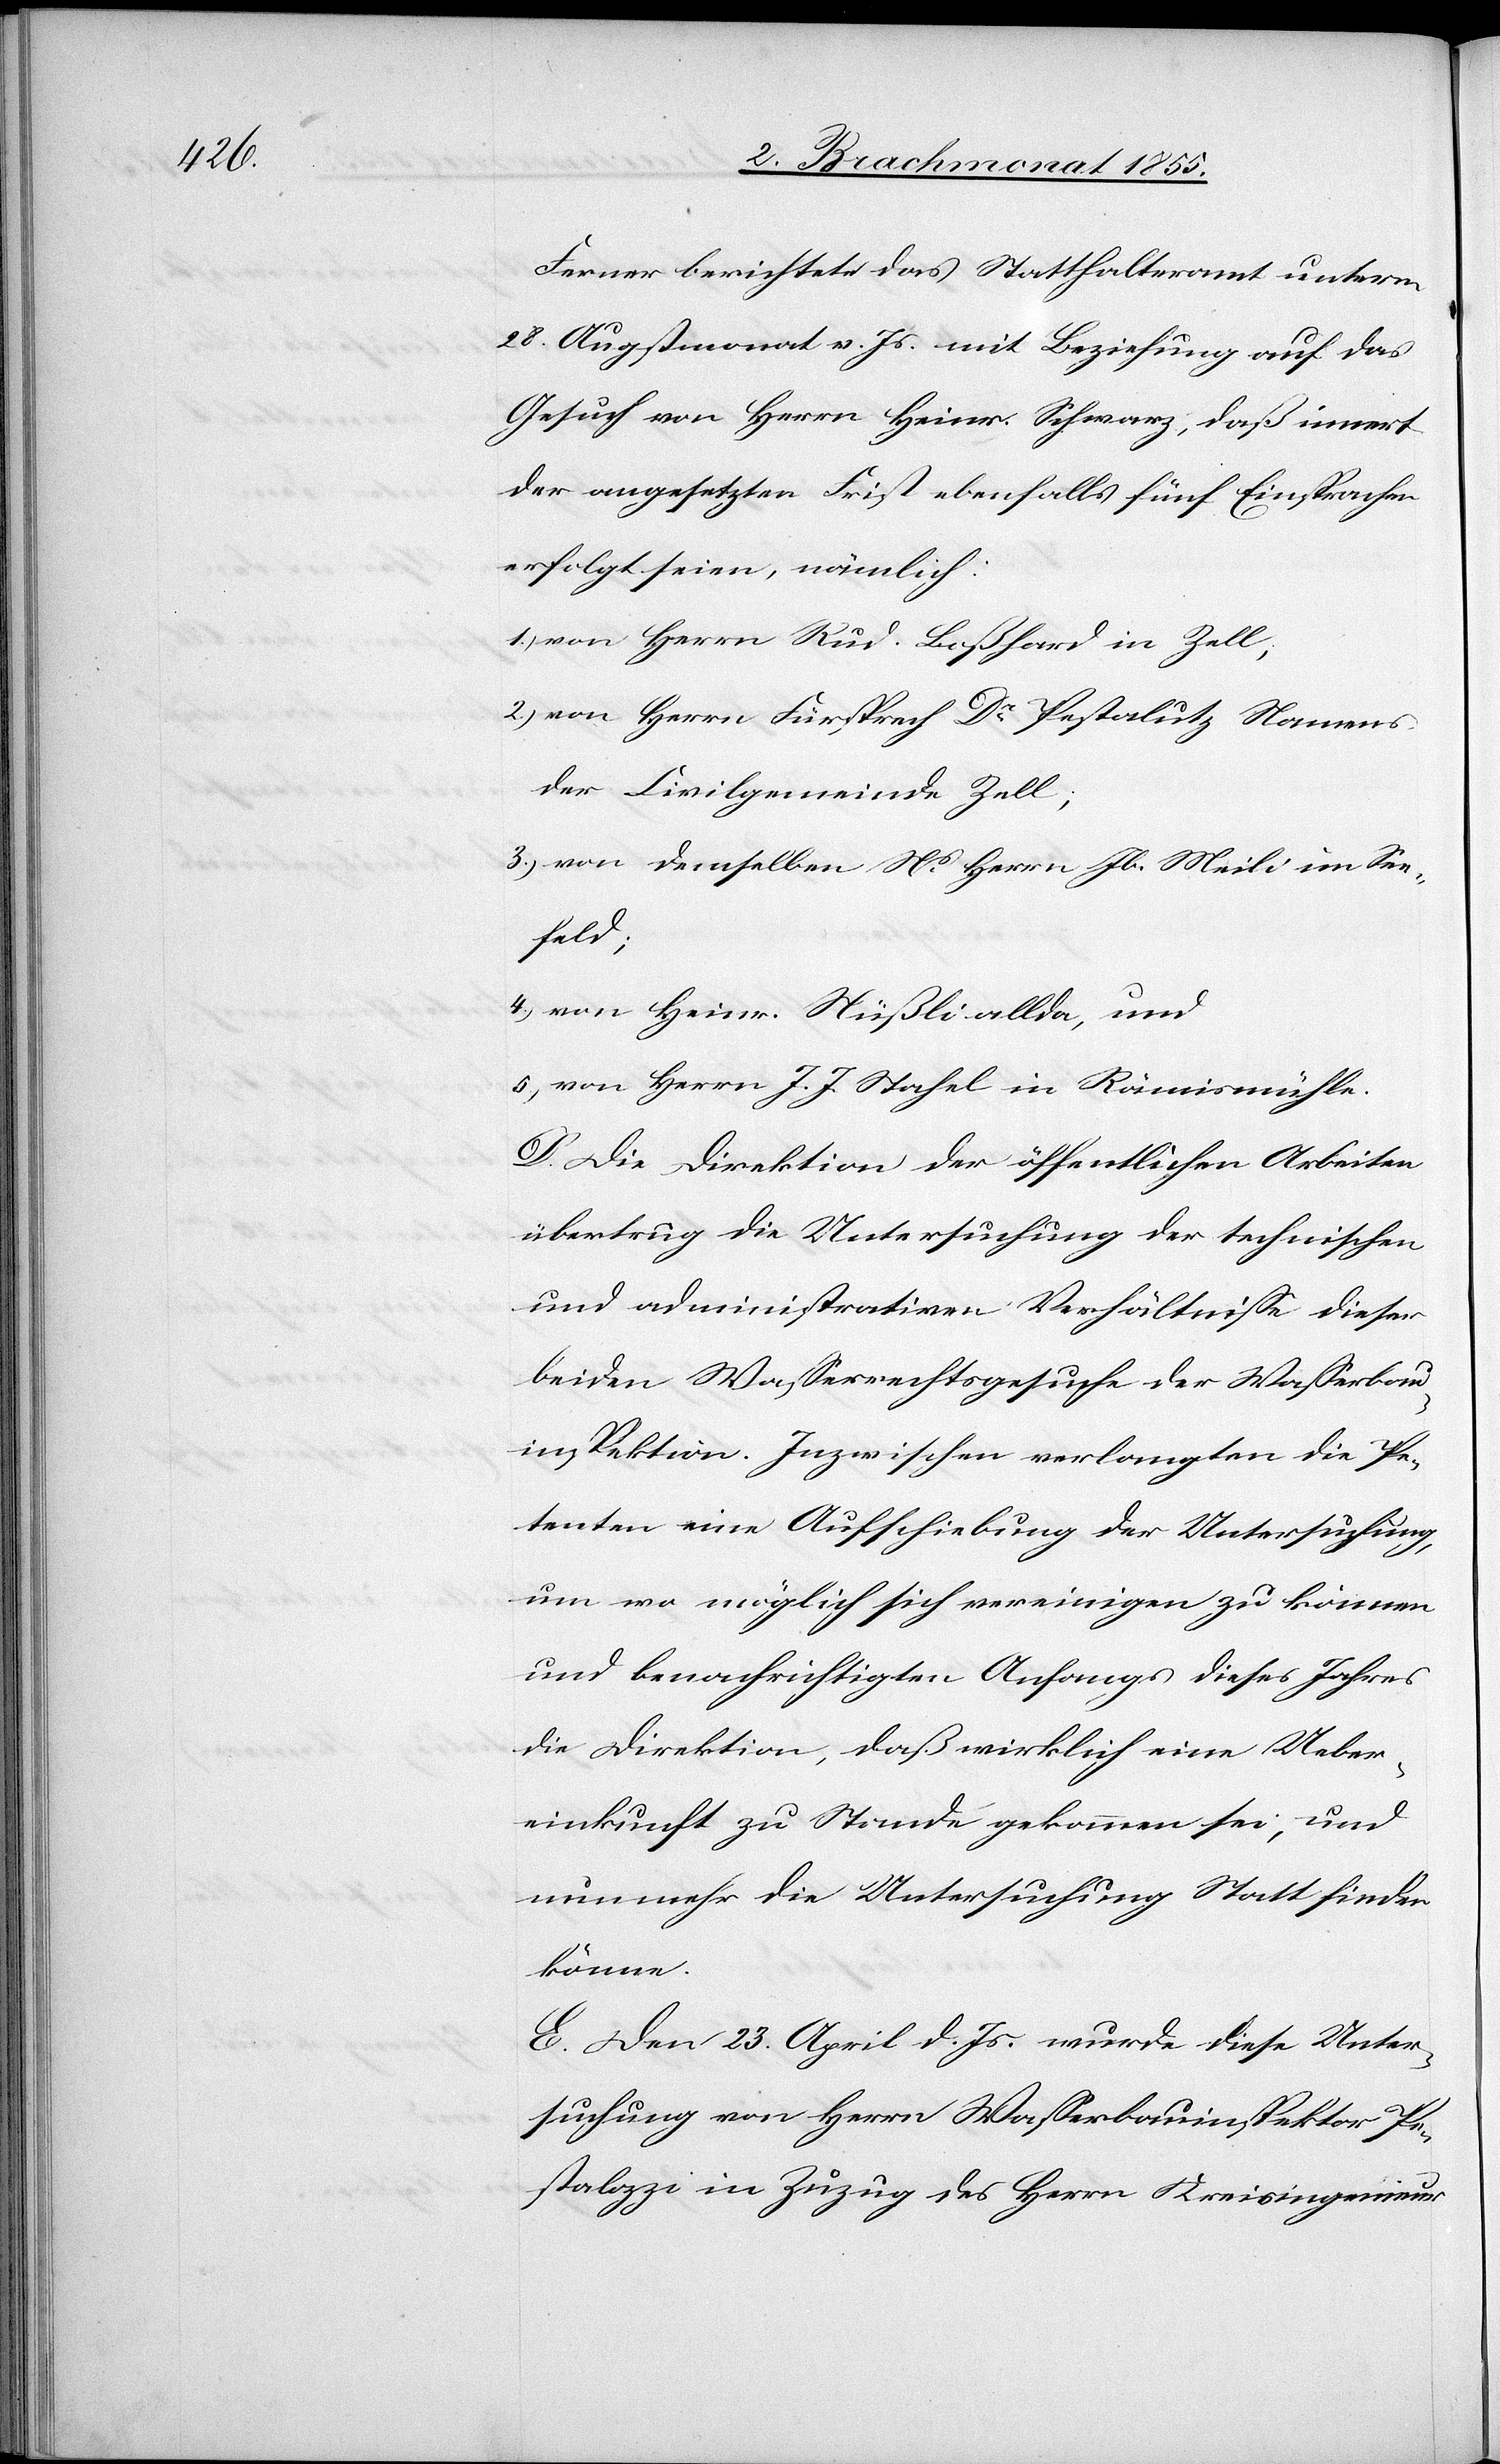
Ferner berichtete das Statthalteramt unterm
28. Augstmonat v. Js. mit Beziehung auf das
Gesuch von Herrn Heinr. Schwarz, daß innert
der angesetzten Frist ebenfalls fünf Einsprachen
erfolgt seien, nämlich:
von Herrn Rud. Boßhard in Zell;
von Herrn Fürsprech Dr Pestalutz Namens
der Civilgemeinde Zell;
von demselben Ns Herrn Jb. Meili im See¬
feld;
von Heinr. Nüßli allda, und
von Herrn J. J. Stahel in Rämismühle.
D. Die Direktion der öffentlichen Arbeiten
übertrug die Untersuchung der technischen
und administrativen Verhältnisse dieser
beiden Wasserrechtsgesuche der Wasserbau¬
inspektion. Inzwischen verlangten die Pe¬
tenten eine Aufschiebung der Untersuchung,
um wo möglich sich vereinigen zu können
und benachrichtigten Anfangs dieses Jahres
die Direktion, daß wirklich eine Ueber¬
einkunft zu Stande gekommen sei, und
nunmehr die Untersuchung Statt finden
könne.
E. Den 23. April d. Js. wurde diese Unter¬
suchung von Herrn Wasserbauinspektor Pe¬
stalozzi in Zuzug des Herrn Kreisingenieur